Civil Veterinary Department Bihar & Orissa reports 1922-29 - 1922-1929
Year: 1922
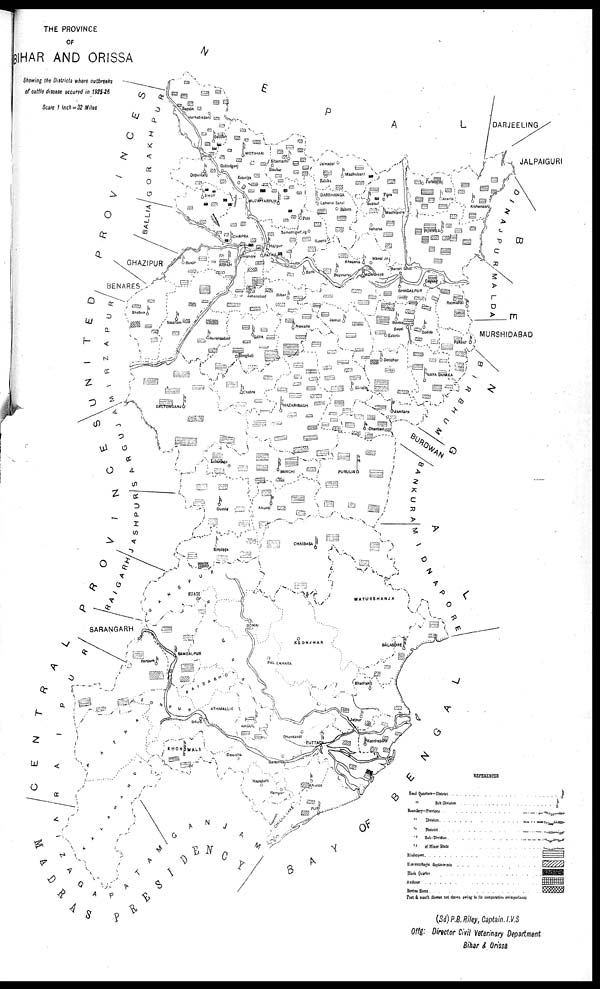
THE PROVINCE
OF
BIHAR AND ORISSA
owing the Districts where outbreaks
cattle disease occured in 1925-26
Scale 1 Inch = 32 Miles
(Sd) P. B. Riley, Captain, I.V.S
Offg: Director Civil Veterinary Department
Bihar & Orissa.